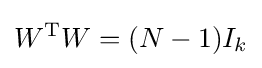
W^{\mathrm {T} }W=(N-1)I_{k}